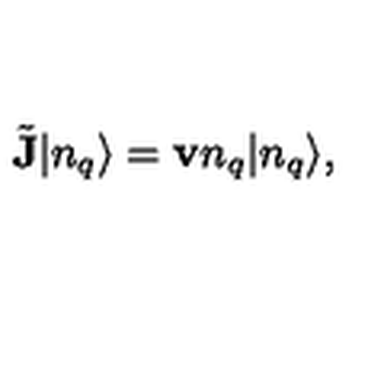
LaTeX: \tilde { { \bf J } } | n _ { q } \rangle = { \bf v } n _ { q } | n _ { q } \rangle ,